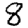
Digit: 8